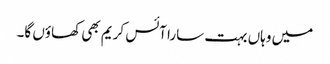
میں وہاں بہت سارا آئس کریم بھی کھاؤں گا۔